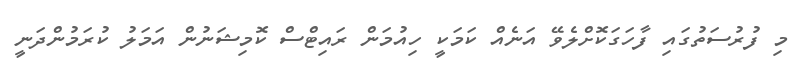
މި ފުރުސަތުގައި ފާހަގަކޮށްލެވޭ އަނެއް ކަމަކީ ހިއުމަން ރައިޓްސް ކޮމިޝަނުން އަމަލު ކުރަމުންދަނީ